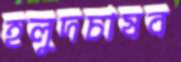
হলুদচাষব